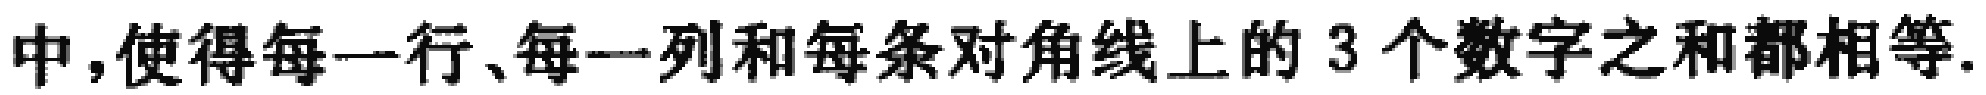
中,使得每一行、每一列和每条对角线上的3个数字之和都相等.